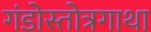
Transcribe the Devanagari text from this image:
गंडोस्तोत्रगाथा